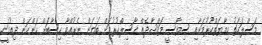
މަސްލަހަތު ހިމާޔަތްކުރުމަށާއި ސިޔާސީ މަޤްޞާދެއް ޙާސިލްކުރުމަށް ބަޔަން ނެރުއްވާ ހިސާބަށް ކަންކަން ދިއުމަކީ